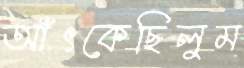
আঁৎকেছিলুম